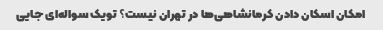
امکان اسکان دادن کرمانشاهی‌ها در تهران نیست؟ تویک سواله‌ای جایی